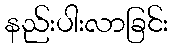
နည်းပါးလာခြင်း